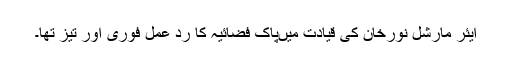
ایئر مارشل نورخان کی قیادت میںپاک فضائیہ کا ردِ عمل فوری اور تیز تھا۔